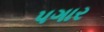
પગાર